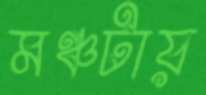
মঞ্চটায়